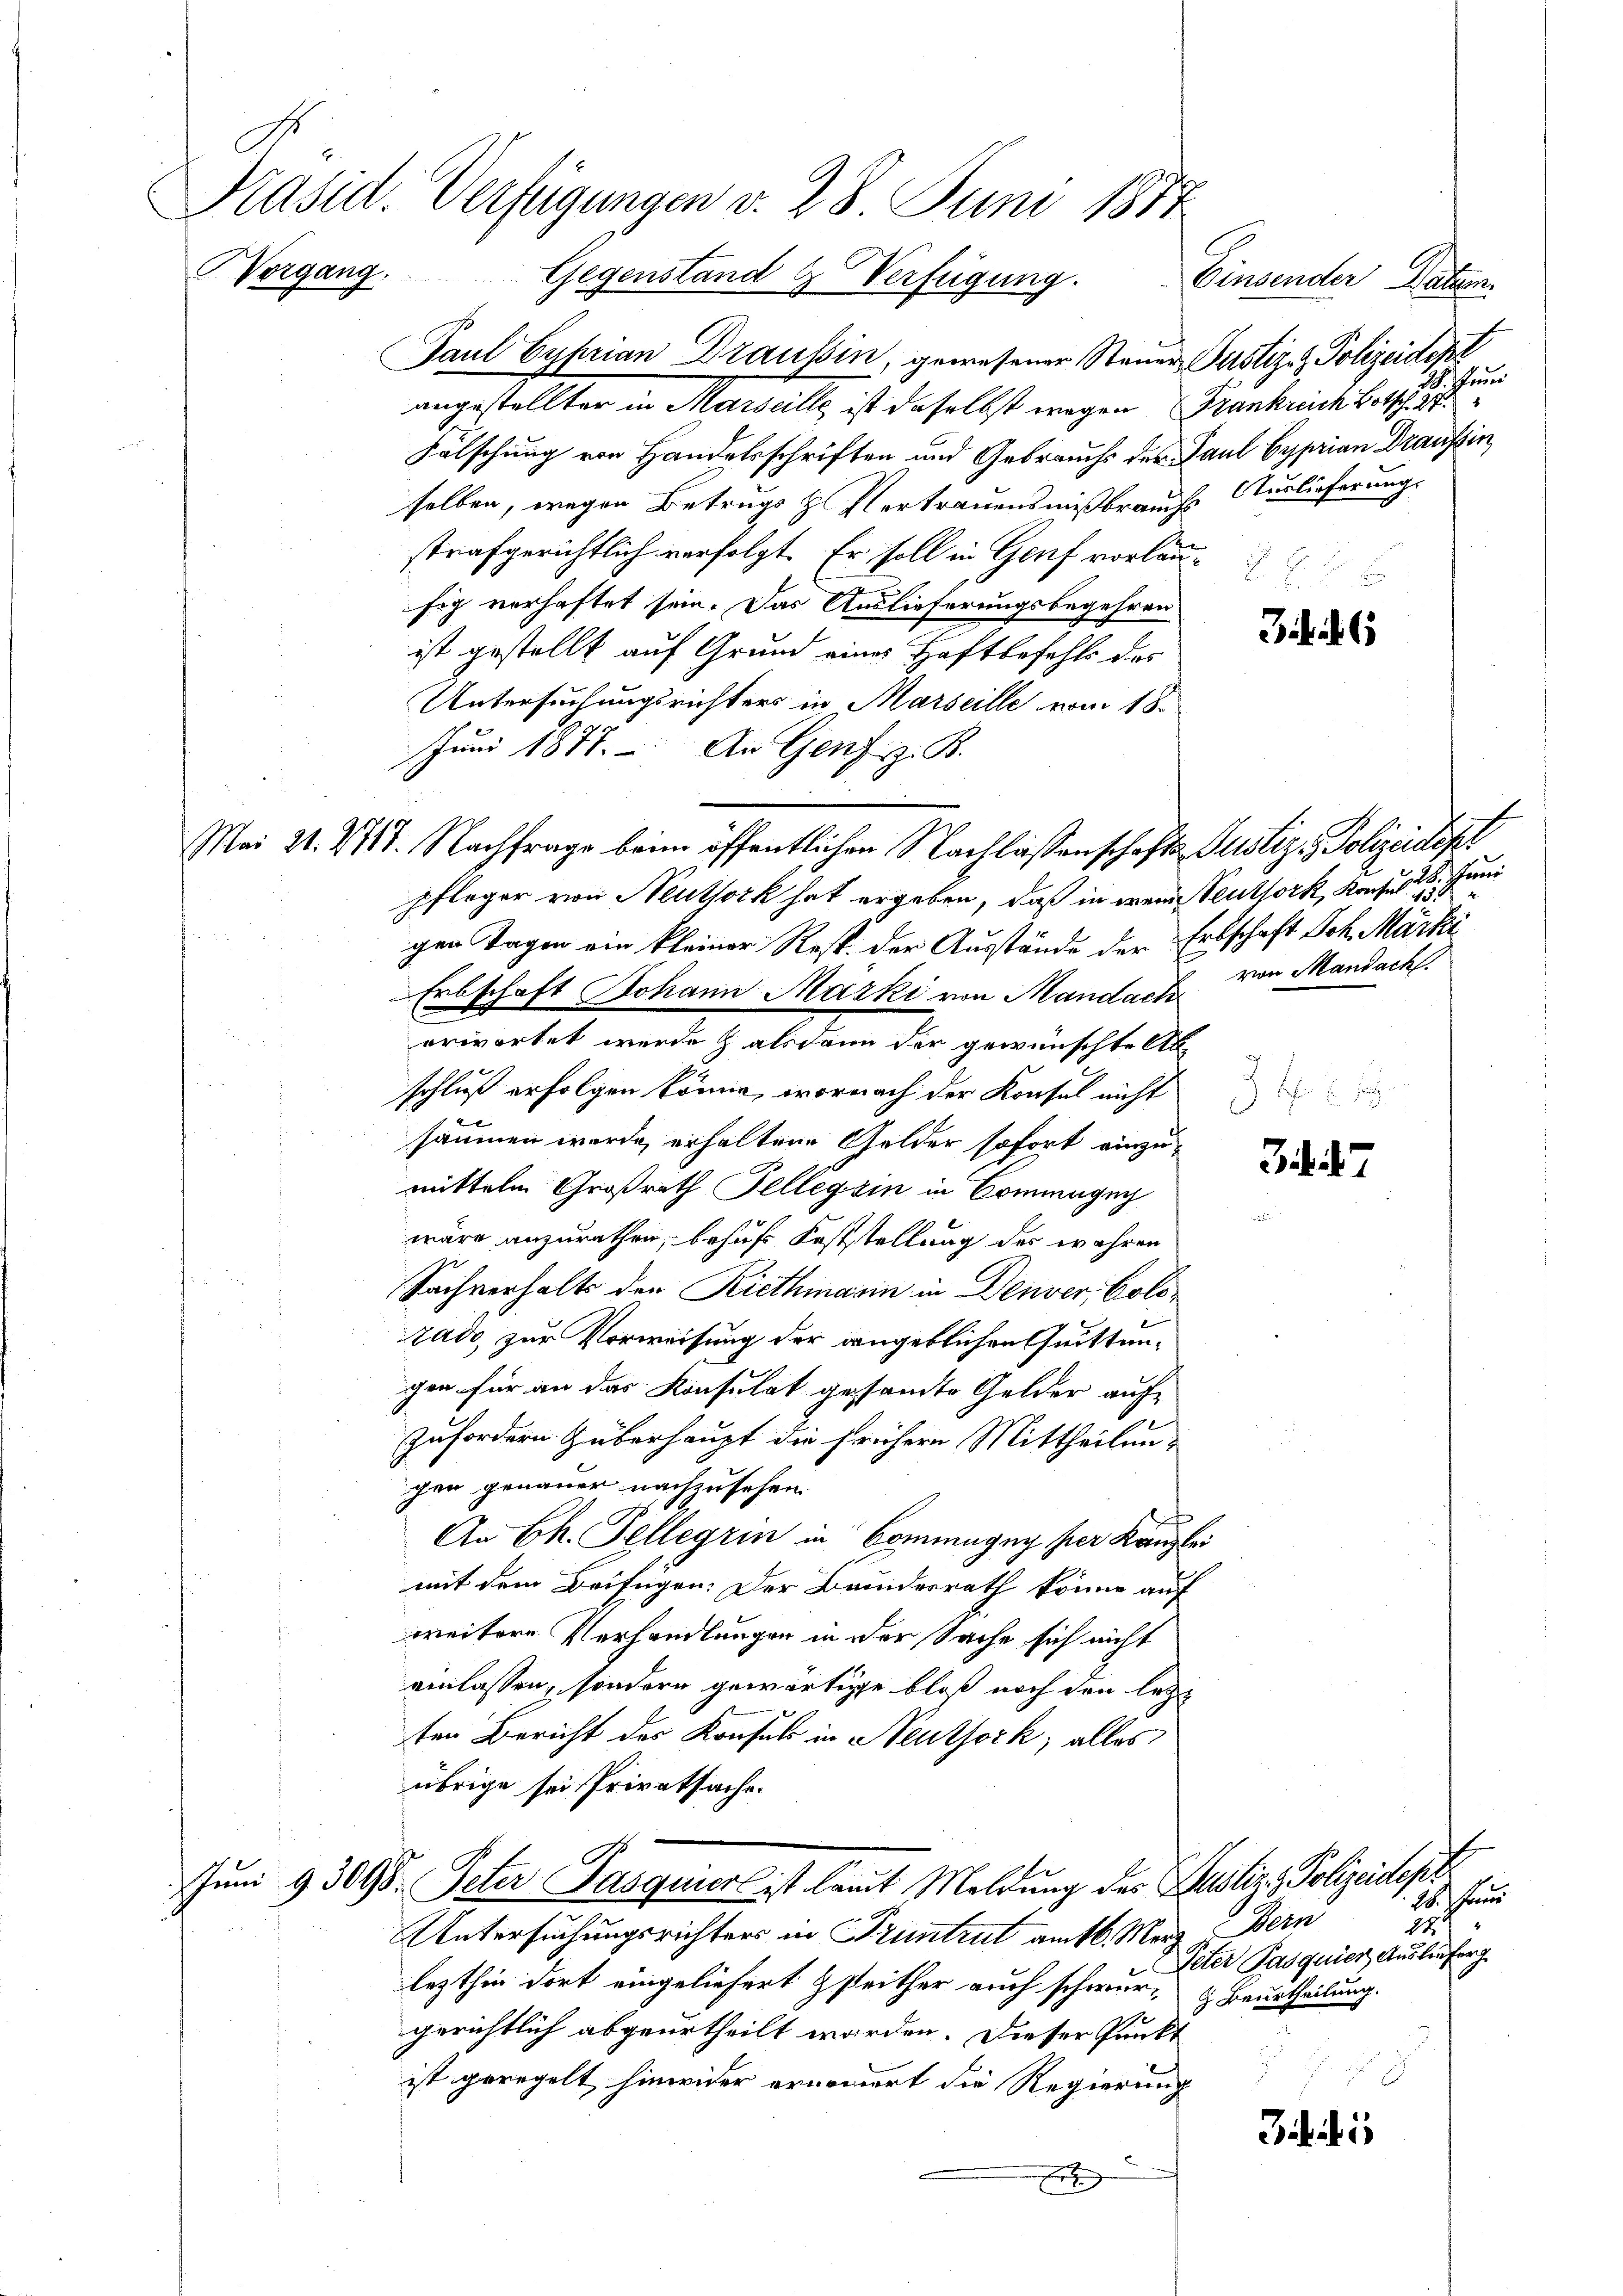
Präsid. Verfügungen v. 28. Juni 1877
Vergang. Gegenstand & Verfügung. Einsender Natum.

¬

Paul Cuhrian Drausin, gewesener Steuer Justiz- & Polizeidept
angestellter in Marseille ist daselbst wegen Frankreich Botsch. 2.
Fälschung von Handelsschriften und Gebrauchs der Paul Syprian Draussin
selben, wegen Betrugs z Vertrauensmißbrauchs Auslieferung.
strafgerichtlich verfolgt. Er soll in Genf vorlau
fig verhaftet sein. Das Auslieferungsbegehren
ist gestellt auf Grund eines Haftbefehls das
Untersuchungsrichters in Marseille war 18.
Juni 1877. An Genf z. B.
pfleger von Neuthork hat ergeben, daß in wenn Teuthork, Konsul 188
gen Tagen ein kleiner Resp. der Ausstände der Erbschaft Joh. Märki
Erbschaft Johann Marki von Mandach
erwortet werde & alsdann der gewünschte Ab-
schluß erfolgen könne, wornach der Konsul nicht
säumen wurde, erhaltene Gelder sofort einzumittelm Großrath Tellegsin in Commugui
wäre anzurathen, behufs Feststellung des wahren
Sachverhalts den Riethmarin in Denver, Colozado zur Vorweisung der angeblichen Quittungen für an das Konsulat gesandte Gelder aufzufordern überhaupt die frühere Mittheilungen genauer nachzusehen.
An Ch. Telleyrin in Commung per Kanzlei
mit dem Beifügen: Der Bundesrath könne auf
weitere Verhandlungen in der Sache sich nicht
einlassen, sondern gewärtige bloß noch den letzt
ten Bericht des Konsuls in Neuthock, alles
übrige sei Privatsache.
Juni 9 3098. Peter Pasquiers ist laut Meldung des Justiz- & Polizeidepa
Untersuchungsrichters in Pruntrut am 16. März Bern
lezthin dort eingeliefert seither auch schwurgerichtlich abgeurtheilt worden. Dieser Punkt
ist geregelt hinwider ernennert die Regierung
t

Mai 21. 2717. Nachfrage beim öffentlichen Nachlassenschafts-Justiz - Polizeidep

28. Juni

6

28. Juni
von Mandach

H.
.

6
1. 28. Jani
14. J
Peter Pasquier Ausliefer
 Beurtheilung.

i